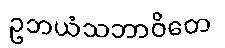
ဥဘယံသဘာဝိတေ